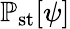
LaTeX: \mathbb{P}_{\mathrm{st}}[\psi]